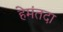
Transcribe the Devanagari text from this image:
हेमंतदा